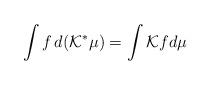
LaTeX: \begin{align*} \int f\, d( {\mathcal K}^*\mu)= \int {\mathcal K}f d\mu \end{align*}